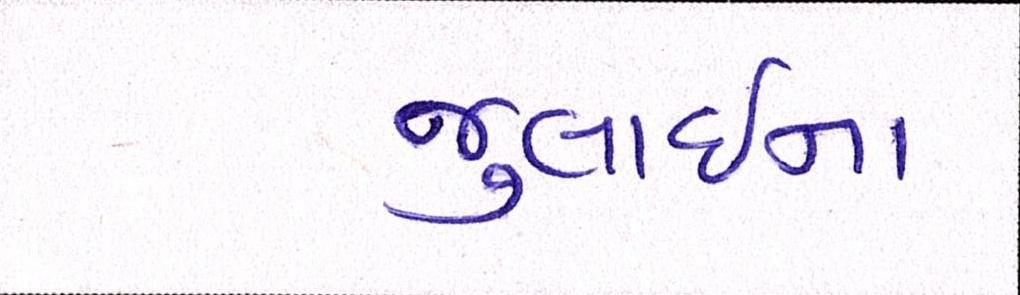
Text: જુલાઈના